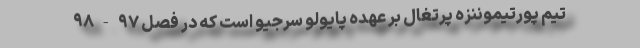
تیم پورتیموننزه پرتغال بر عهده پایٔولو سرجیو است که در فصل ۹۷-۹۸